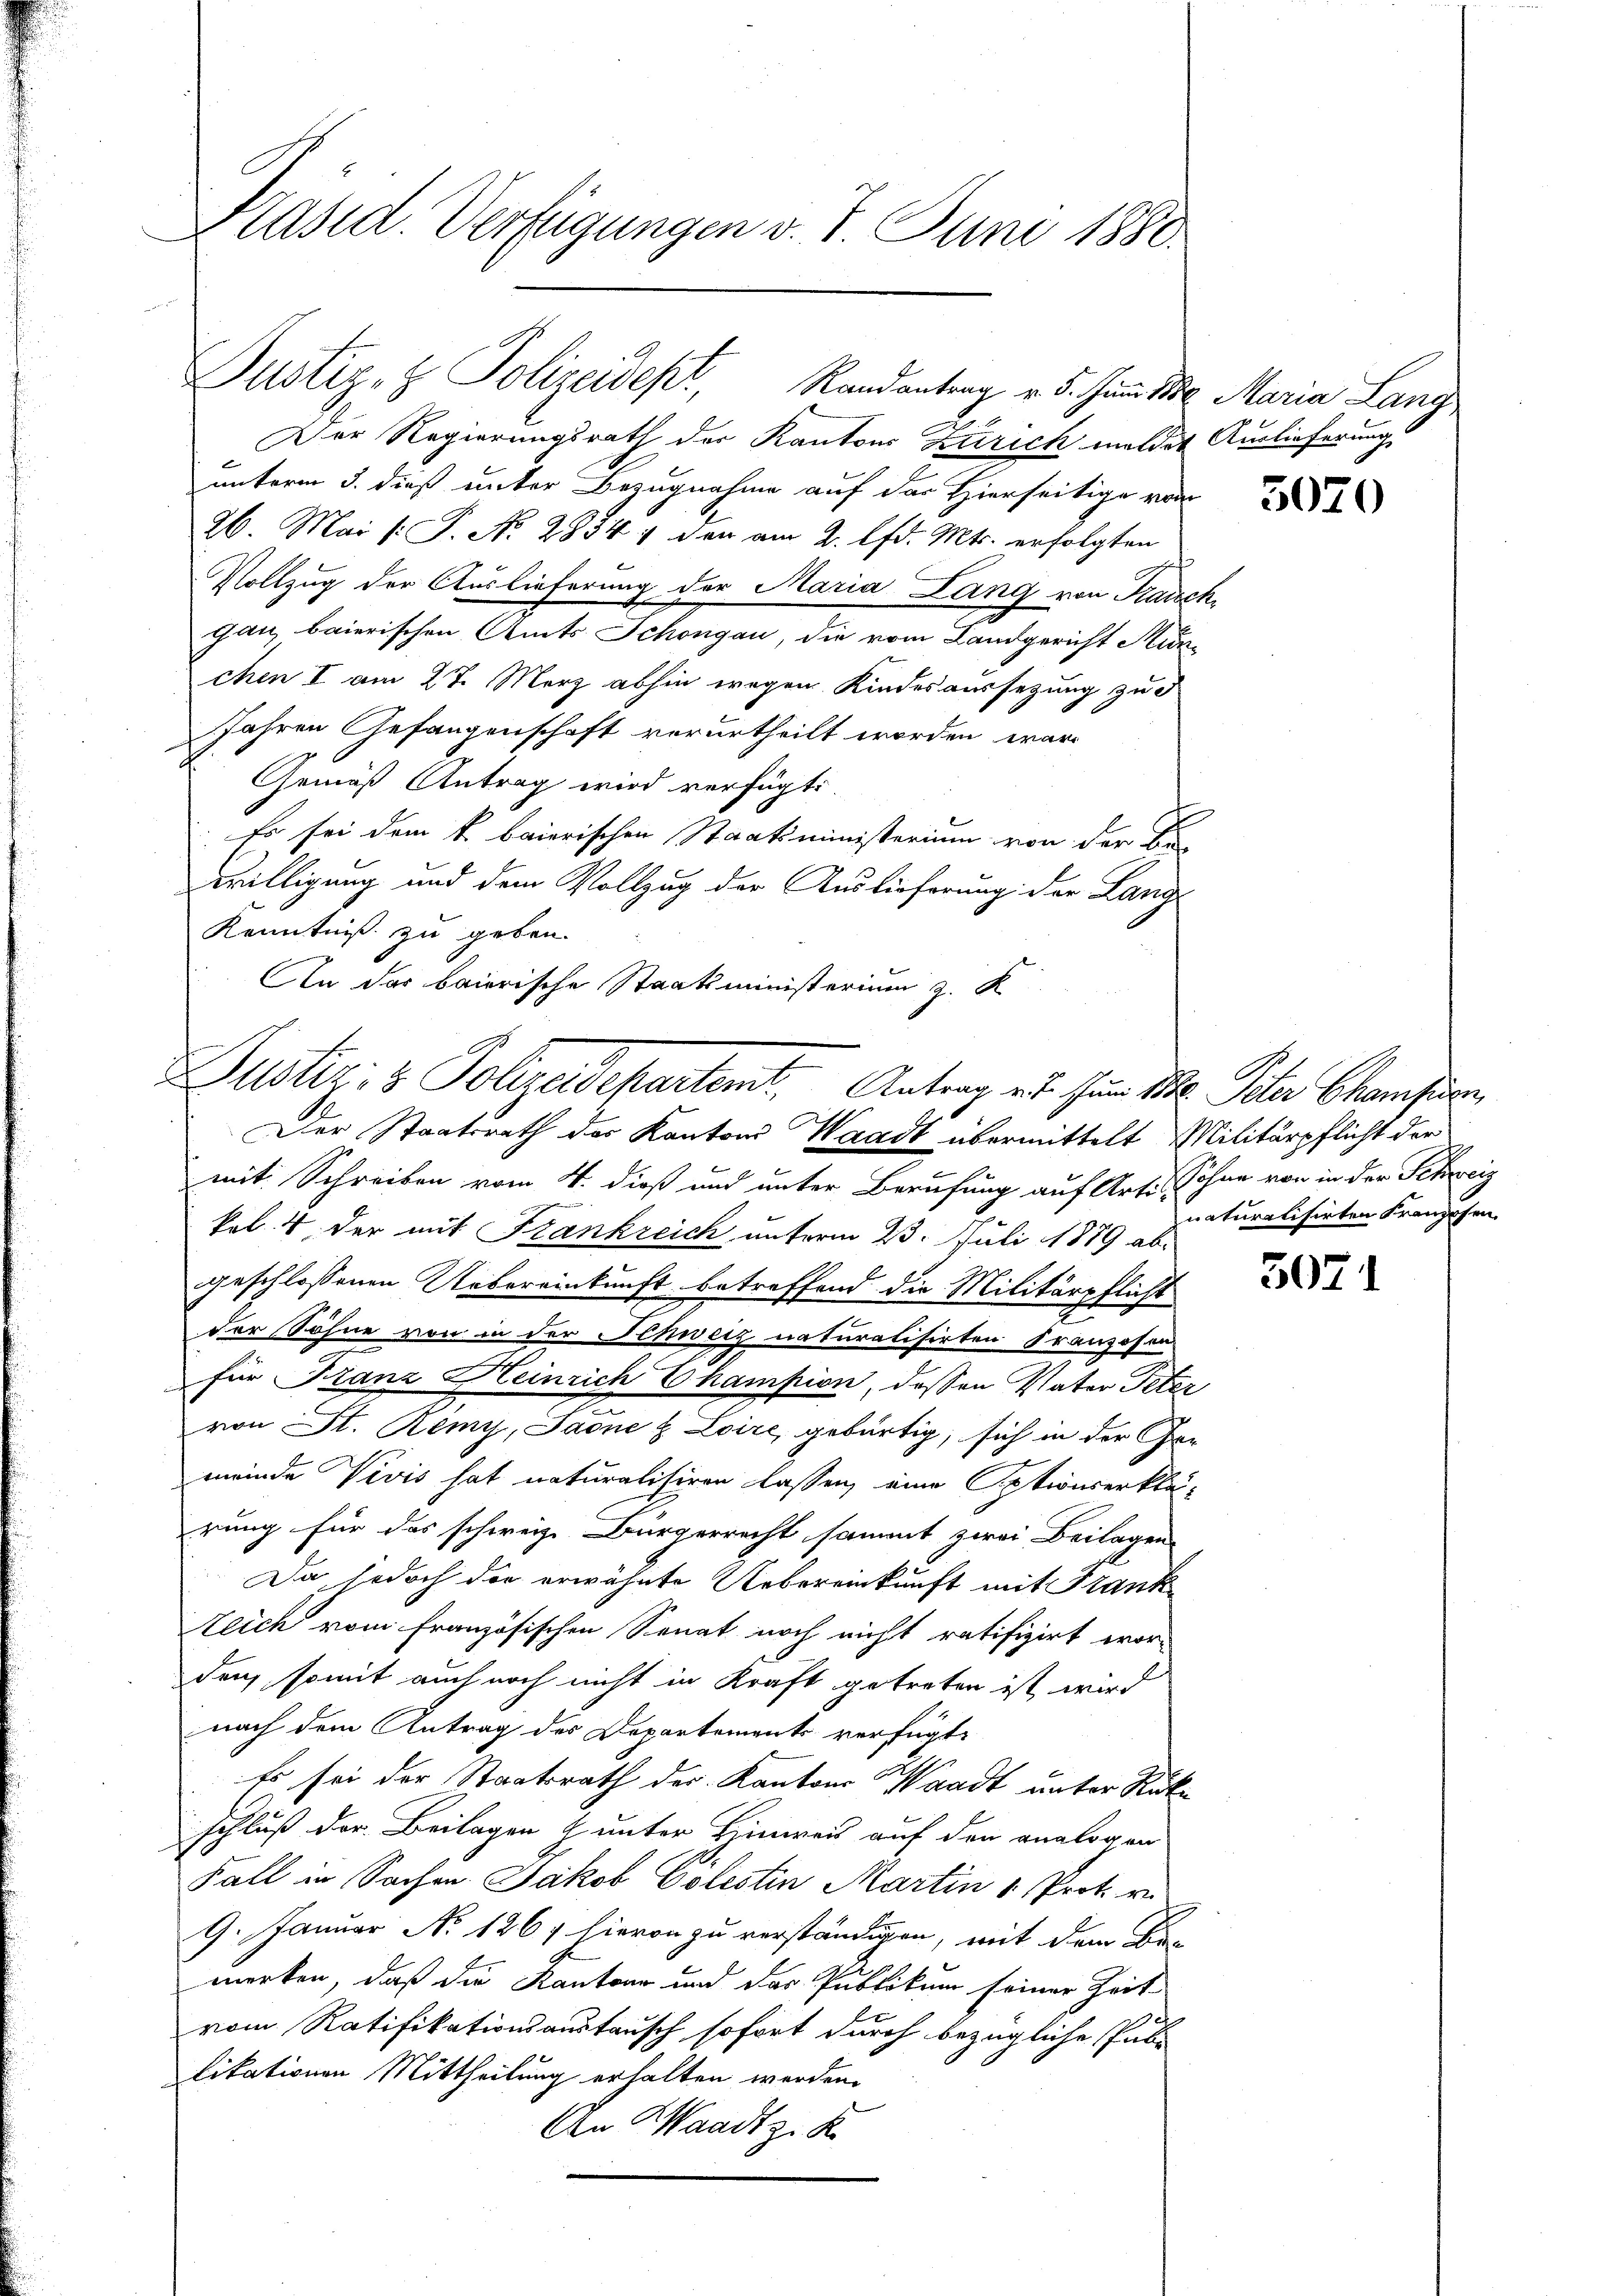
Präsid. Verfügungen v. 7. Juni 1880.

Justiz- & Polizeidept, Randantrag v. 5. Juni 1850 Maria Lang,

Der Regierungsrath der Kantons Zürich meldet Auslieferung
unterm 3. dieß unter Bezugnahme auf der Hierseitige von
26. Mai [ P. No 2854 1 der am 2. lfd. Mts. erfolgten
Vollzug der Auslieferung der Maria Lang von Karsch
gan, baierischen Amts Schöngau, die vom Landgericht München I am 27. März abhin wegen Kindesaussetzung zu d
Jahren Gefangenschaft verurtheilt worden wäre
Gemäß Antrag wird verfügt.
Es sei dem k. baierischen Staatsministerium von der Be
willigung und dem Vollzug der Auslieferung der Lang
Kenntniß zu geben.
An das baierische Staatsministerium z. K

Justiz & Polizeidepartemt. Antrag aus zum 10. Peter Chansuc
Der Staatsrath des Kantons Waadt übermittelt Militärpflicht der

mit Schreiben vom 4. dieß und unter Berufung auf Art. Sohne von in der Schweiz
kol. 4 der mit Frankreich unterm 23. Juli 1879 ab-
geschlossenen Uebereinkunft betreffend die Militärpflicht
der Söhne von in der Schweiz naturalisirten Franzosen-
für Franz Heinrich Champion, dessen Vater Peter
von St. Remy, Sadne & Loire, gebürtig, sich in der Ger
meinde Vivis hat naturalisiren lassen, eine Optionserklä-
rung für das schweiz. Bürgerrecht sammt zwei Beilagen
Da jedoch der erwähnte Uebereinkunft mit Frank
Zeich vom Französischen Senat noch nicht ratifizirt wor-
dur, somit auch noch nicht in Kraft getreten ist wird
nach dem Antrag des Departements verfügt:
Es sei der Staatsrath der Kantons Waadt unter Rükschluß der Beilagen & unter Hinweis auf den analogen
Fall in Sachen Jakob Colestin Martin " Prot. v.
9. Januar No 1267 hievon zu verständigen, mit dem Be-
merken, daß die Kantone und das Publikum seiner Zeit
vom Ratifikationsanstausch sofort durch bezügliche Pub-
likationen Mittheilung erhalten werden.
An Waadt z. B.

3070

naturalisirten Franzosen.

5071